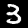
Digit: 3